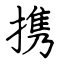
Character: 携